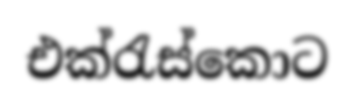
එක්රැස්කොට